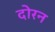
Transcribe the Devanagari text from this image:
दोरन